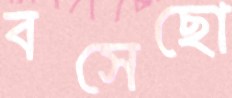
বসেছো